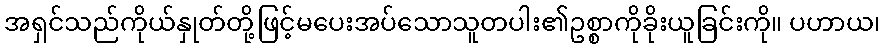
အရှင်သည်ကိုယ်နှုတ်တို့ဖြင့်မပေးအပ်သောသူတပါး၏ဥစ္စာကိုခိုးယူခြင်းကို။ ပဟာယ၊